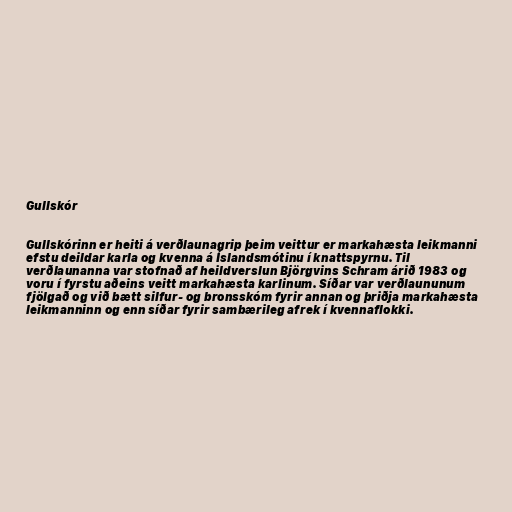
Gullskór

Gullskórinn er heiti á verðlaunagrip þeim veittur er markahæsta leikmanni
efstu deildar karla og kvenna á Íslandsmótinu í knattspyrnu. Til
verðlaunanna var stofnað af heildverslun Björgvins Schram árið 1983 og
voru í fyrstu aðeins veitt markahæsta karlinum. Síðar var verðlaununum
fjölgað og við bætt silfur- og bronsskóm fyrir annan og þriðja markahæsta
leikmanninn og enn síðar fyrir sambærileg afrek í kvennaflokki.